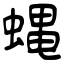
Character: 蝿